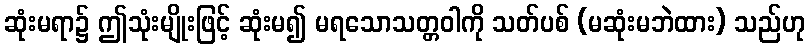
ဆုံးမရာ၌ ဤသုံးမျိုးဖြင့် ဆုံးမ၍ မရသောသတ္တဝါကို သတ်ပစ် (မဆုံးမဘဲထား) သည်ဟု